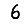
Digit: 6